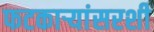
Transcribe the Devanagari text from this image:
फटकाऱ्यांसरशी